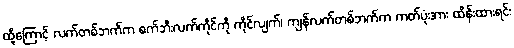
ထို့ကြောင့် လက်တစ်ဘက်က စက်ဘီးလက်ကိုင်ကို ကိုင်လျက်၊ ကျန်လက်တစ်ဘက်က ကတ်ပုံးအား ထိန်းထားရင်း